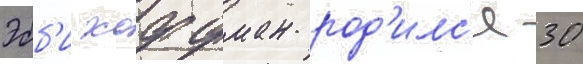
Эбб'и хоффман род'илс'я 30